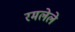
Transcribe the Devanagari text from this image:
रमलेले